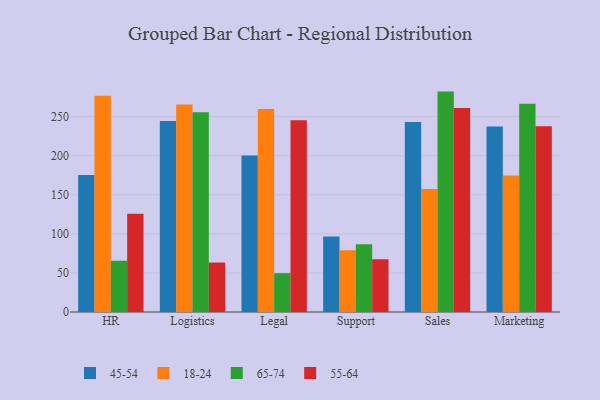
{"axis": {"x": "Department", "y": "Population (Million)"}, "legend": ["18-24", "45-54", "55-64", "65-74"], "data": [{"x": "HR", "y": 175.4, "type": "45-54"}, {"x": "HR", "y": 276.6, "type": "18-24"}, {"x": "HR", "y": 65.7, "type": "65-74"}, {"x": "HR", "y": 125.7, "type": "55-64"}, {"x": "Logistics", "y": 244.4, "type": "45-54"}, {"x": "Logistics", "y": 265.4, "type": "18-24"}, {"x": "Logistics", "y": 255.7, "type": "65-74"}, {"x": "Logistics", "y": 63.3, "type": "55-64"}, {"x": "Legal", "y": 200.3, "type": "45-54"}, {"x": "Legal", "y": 259.6, "type": "18-24"}, {"x": "Legal", "y": 49.7, "type": "65-74"}, {"x": "Legal", "y": 245.4, "type": "55-64"}, {"x": "Support", "y": 96.5, "type": "45-54"}, {"x": "Support", "y": 79.0, "type": "18-24"}, {"x": "Support", "y": 86.6, "type": "65-74"}, {"x": "Support", "y": 67.5, "type": "55-64"}, {"x": "Sales", "y": 243.0, "type": "45-54"}, {"x": "Sales", "y": 157.4, "type": "18-24"}, {"x": "Sales", "y": 282.0, "type": "65-74"}, {"x": "Sales", "y": 260.9, "type": "55-64"}, {"x": "Marketing", "y": 237.5, "type": "45-54"}, {"x": "Marketing", "y": 174.6, "type": "18-24"}, {"x": "Marketing", "y": 266.4, "type": "65-74"}, {"x": "Marketing", "y": 237.8, "type": "55-64"}]}